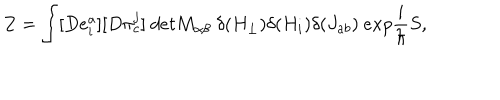
Z = \int [ D e _ { i } ^ { a } ] [ D \pi _ { c } ^ { j } ] \ d e t M _ { \alpha \beta } \ \delta ( H _ { \perp } ) \delta ( H _ { i } ) \delta ( J _ { a b } ) \ e x p \frac { i } { \hbar } S ,